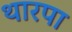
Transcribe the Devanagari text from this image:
थारपा